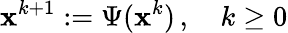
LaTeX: \mathbf{x}^{k+1}:=\Psi(\mathbf{x}^{k})\, ,\quad k\geq 0